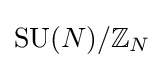
{\text{SU}}(N)/\mathbb {Z} _{N}